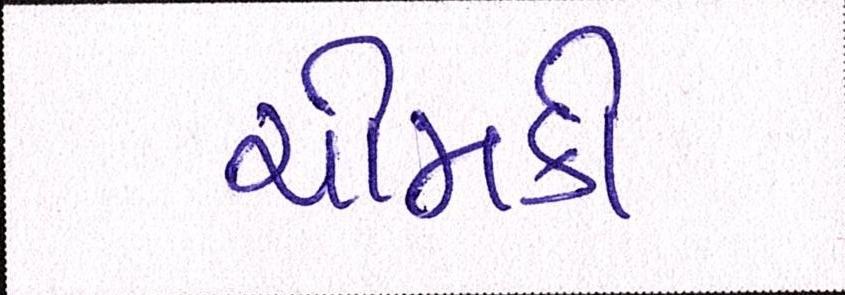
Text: ચીમકી